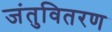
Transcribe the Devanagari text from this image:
जंतुवितरण